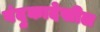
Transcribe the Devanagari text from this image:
बंदुकादेखील